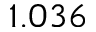
1 . 0 3 6